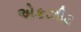
એકઝીટ